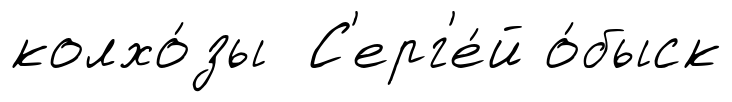
колхо́зы С'ерг'е́й о́быск